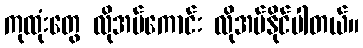
ကုထုံးတွေ လိုအပ်ကောင်း လိုအပ်နိုင်ပါတယ်။